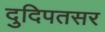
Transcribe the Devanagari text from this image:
दुदिपतसर